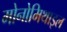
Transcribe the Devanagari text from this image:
मोनोमिथाइल